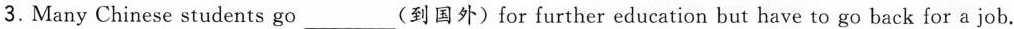
3. Many Chinese students go___(到国外) for further education but have to go back for a job.